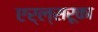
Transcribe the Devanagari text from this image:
एर्ल्सरूका